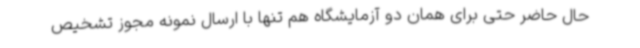
حال حاضر حتی برای همان دو آزمایشگاه هم تنها با ارسال نمونه مجوز تشخیص